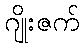
ဂျိုးဇက်